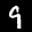
Label: 9